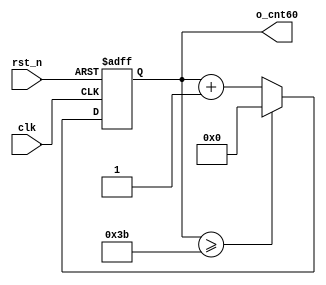
//	==================================================
//	Copyright (c) 2019 Sookmyung Women's University.
//	--------------------------------------------------
//	DEPARTMENT		: EE
//	--------------------------------------------------
//	RELEASE HISTORY
//	--------------------------------------------------
//	VERSION			DATE
//	0.0				2019-10-28
//	--------------------------------------------------
//	PURPOSE			: Seven-Segment Display
//	==================================================

//	--------------------------------------------------
//	0~59 Counter
//	--------------------------------------------------
module cnt60(	      o_cnt60,
		      clk,
		      rst_n     );

output	[5:0]	 o_cnt60		     ;
input			      clk			        ;
input			      rst_n		       ;

reg		  [5:0]	 o_cnt60		     ;
always @(posedge clk or negedge rst_n) begin
	 	   if(rst_n == 1'b0) begin
	       	o_cnt60 <= 6'd0                  ;
	     end else begin
	       	if(o_cnt60 >= 6'd59) begin
		        	o_cnt60 <= 6'd0               ;
	    	end else begin
			       o_cnt60 <= o_cnt60 + 1'b1     ;
	     end
	   end
end

endmodule

//	--------------------------------------------------
//	Numerical Controlled Oscillator
//	Hz of o_gen_clk = Clock Hz / num
//	--------------------------------------------------
module	nco(	  o_gen_clk,
				      i_nco_num,
				      clk,
				      rst_n         );

output		      o_gen_clk 	   ;	// 1Hz CLK

input	[31:0]	 i_nco_num    	;
input			      clk			        ;	// 50Mhz CLK
input			      rst_n		       ;

reg		 [31:0]	 cnt			        ;
reg				      o_gen_clk	    ;
always @(posedge clk or negedge rst_n) begin
	   if(rst_n == 1'b0) begin
		    cnt		<= 32'd0;
		    o_gen_clk	<= 1'd0	;
	   end else begin
		    if(cnt >= i_nco_num/2-1) begin
		    	cnt 	<= 32'd0;
			   o_gen_clk	<= ~o_gen_clk;
		 end else begin
	     		cnt <= cnt + 1'b1;
		end
	end
end

endmodule

//	--------------------------------------------------
//	NCO Clock Based 0~59 Counter
//	--------------------------------------------------
module	nco_cnt(
			 	           	o_nco_cnt,
				            i_nco_num,
		              		clk,
		  	           		rst_n         );

output	   [5:0]	    o_nco_cnt	;

input	    [31:0]	   i_nco_num	;
input			            clk			;
input			            rst_n		;

wire			             gen_clk		;
nco		         u_nco(	       .o_gen_clk	( gen_clk	   ),
				                    .i_nco_num	( i_nco_num	 ),
				                    .clk		     ( clk		      ),
				                    .rst_n		   ( rst_n		    ));

cnt60	        u_cnt60(      .o_cnt60	  ( o_nco_cnt	 ),
				                    .clk		     ( gen_clk	   ),
				                    .rst_n		   ( rst_n		    ));

endmodule

//	--------------------------------------------------
//	Flexible Numerical Display Decoder
//	--------------------------------------------------
module	fnd_dec(           o_seg,
				                  i_num);

output	   [6:0]	o_seg		;	// {o_seg_a, o_seg_b, ... , o_seg_g}

input	    [3:0]	i_num		;

reg     	 [6:0] o_seg ; 

always @(*) begin
    case( i_num )
        4'b0000 : { o_seg } = 7'b1111110 ;
        4'b0001 : { o_seg } = 7'b1111101 ;
        4'b0010 : { o_seg } = 7'b1111011 ;
        4'b0011 : { o_seg } = 7'b1110111 ;
        4'b0100 : { o_seg } = 7'b1101111 ;
        4'b0101 : { o_seg } = 7'b1011111 ;
        4'b0111 : { o_seg } = 7'b0111111 ;
    endcase    
end       
endmodule

//	--------------------------------------------------
//	0~59 --> 2 Separated Segments
//	--------------------------------------------------
module	double_fig_sep(
			                     	o_left,
			                     	o_right,
			                     	i_double_fig     );

output	[3:0]	o_left		             ;
output	[3:0]	o_right		            ;

input	 [5:0]	i_double_fig         ;

assign	   o_left    =   i_double_fig / 10;
assign	   o_right   =   i_double_fig % 10;

endmodule

//	--------------------------------------------------
//	0~59 --> 2 Separated Segments
//	--------------------------------------------------
module	led_disp(
				o_seg,
				o_seg_dp,
				o_seg_enb,
				i_six_digit_seg,
				i_six_dp,
				clk,
				rst_n);

output	[5:0]	o_seg_enb		;
output			o_seg_dp		;
output	[6:0]	o_seg			;

input	[41:0]	i_six_digit_seg	;
input	[5:0]	i_six_dp		;
input			clk				;
input			rst_n			;

wire			gen_clk		;
nco		u_nco(	.o_gen_clk	( gen_clk		),
				.i_nco_num	( 32'd5000	),
				.clk		( clk			),
				.rst_n		( rst_n			));

reg		[3:0]	cnt_common_node	;
always @(posedge gen_clk or negedge rst_n) begin
	if(rst_n == 1'b0) begin
		cnt_common_node		<= 32'd0;
	end else begin
		if(cnt_common_node >= 4'd5) begin
			cnt_common_node 	<= 4'd0;
		end else begin
			cnt_common_node <= cnt_common_node + 1'b1;
		end
	end
end

reg		[5:0]	o_seg_enb		;
always @(cnt_common_node) begin
	case (cnt_common_node)
		4'd0 : o_seg_enb = 6'b111110;
		4'd1 : o_seg_enb = 6'b111101;
		4'd2 : o_seg_enb = 6'b111011;
		4'd3 : o_seg_enb = 6'b110111;
		4'd4 : o_seg_enb = 6'b101111;
		4'd5 : o_seg_enb = 6'b011111;
	endcase
end

reg				o_seg_dp		;
always @(cnt_common_node) begin
	case (cnt_common_node)
		4'd0 : o_seg_dp = i_six_dp[0];
		4'd1 : o_seg_dp = i_six_dp[1];
		4'd2 : o_seg_dp = i_six_dp[2];
		4'd3 : o_seg_dp = i_six_dp[3];
		4'd4 : o_seg_dp = i_six_dp[4];
		4'd5 : o_seg_dp = i_six_dp[5];
	endcase
end

reg		[6:0]	o_seg			;
always @(cnt_common_node) begin
	case (cnt_common_node)
		4'd0 : o_seg = i_six_digit_seg[6:0];
		4'd1 : o_seg = i_six_digit_seg[13:7];
		4'd2 : o_seg = i_six_digit_seg[20:14];
		4'd3 : o_seg = i_six_digit_seg[27:21];
		4'd4 : o_seg = i_six_digit_seg[34:28];
		4'd5 : o_seg = i_six_digit_seg[41:35];
	endcase
end

endmodule

//	--------------------------------------------------
//	Top Module
//	--------------------------------------------------
module	top_nco_cnt_disp(
							o_seg_enb,
							o_seg_dp,
							o_seg,
							clk,
							rst_n);

output	[5:0]	o_seg_enb	;
output			o_seg_dp	;
output	[6:0]	o_seg		;

input			clk			;
input			rst_n		;

wire 	[5:0]  nco_cnt	 	;
wire    [3:0]  left		;
wire    [3:0]  right		;
wire	[41:0] six_digit_seg	;
wire  [6:0]  seg_left;
wire  [6:0]  seg_right;

assign			six_digit_seg = { {4{7'b0000000}}, seg_left, seg_right }	;

nco_cnt			u_nco_cnt( 	
									         .o_nco_cnt		(  nco_cnt	      ),
									         .i_nco_num		(  32'd50000000		),
								          	.clk			     (  clk		         ),
								          	.rst_n			   (  rst_n	        ));
			
double_fig_sep		u_double_fig_sep(
							                      		.o_left			    (  left	    	),
								                     	.o_right		    (  right	    ),
							                      		.i_double_fig	(  nco_cnt	  ));

fnd_dec			u0_find_dec(			         .o_seg			(  seg_left		   ),
									                .i_num			(  left		       ));

fnd_dec			u1_find_dec(			         .o_seg			(  seg_right		  ),
									                .i_num			(  right	       ));

led_disp  led_display(
				        .o_seg             ( o_seg          ),
			         	.o_seg_dp          ( o_seg_dp       ),
			         	.o_seg_enb         ( o_seg_enb      ),
				        .i_six_digit_seg   ( six_digit_seg  ),
				        .i_six_dp          ( 6'd0           ),
			         	.clk               ( clk            ),
				        .rst_n             ( rst_n          ));
				        

endmodule